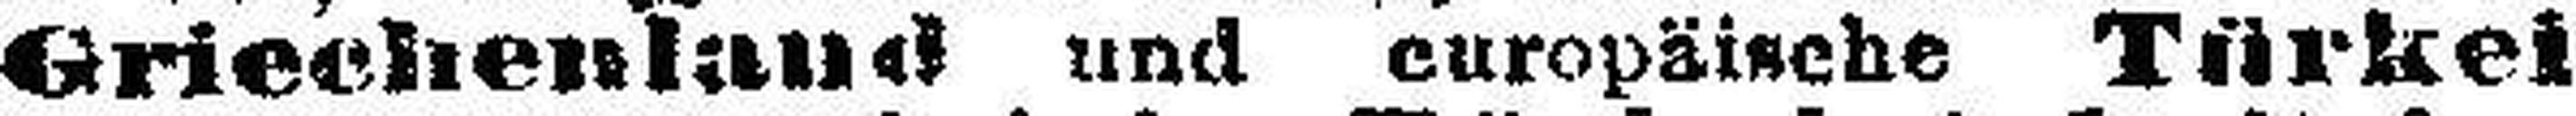
Griechenland und europäische Türkei